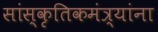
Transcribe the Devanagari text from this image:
सांस्कृतिकमंत्र्यांना